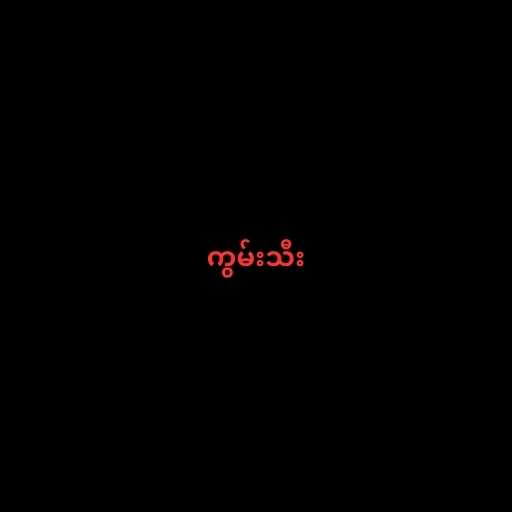
ကွမ်းသီး